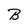
Character: B